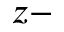
z -